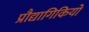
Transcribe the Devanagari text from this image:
प्रौद्यागिकियों